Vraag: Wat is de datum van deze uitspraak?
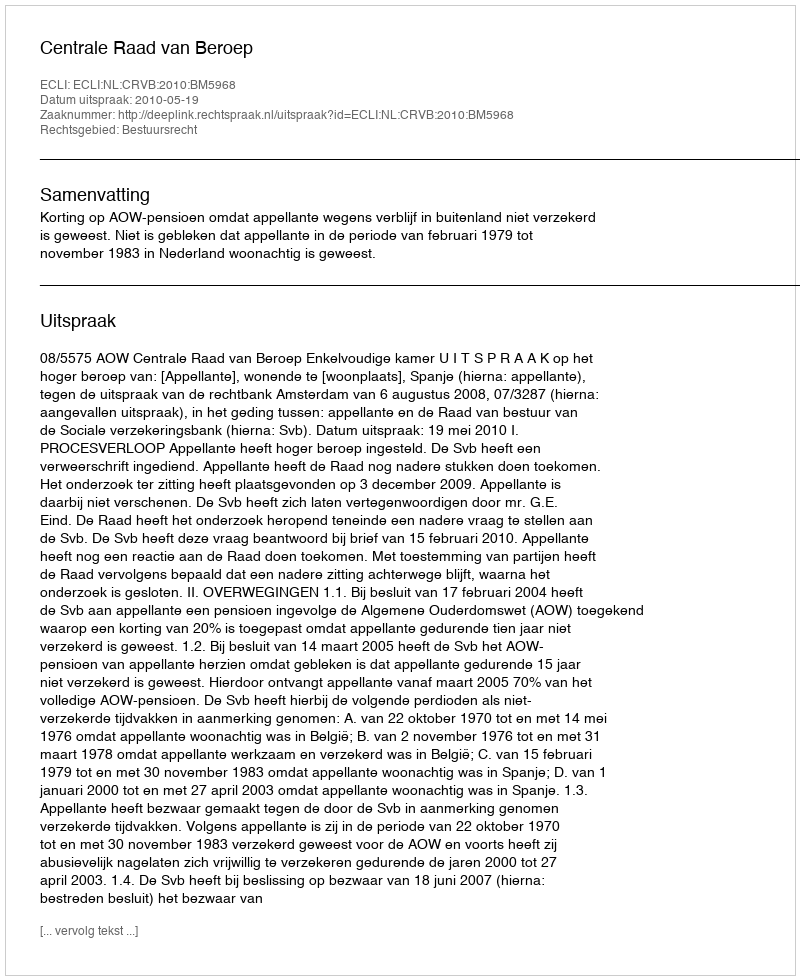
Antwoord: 2010-05-19